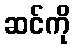
ဆင်ကို